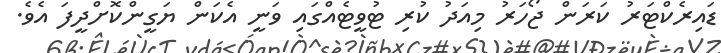
ޑައިރެކްޓަރު ކަރަން ޖޯހަރު މިއަދު ކުރި ޓުވީޓެއްގައި ވަނީ އެކަން ޔަގީންކޮށްދީފަ އެވެ.